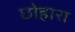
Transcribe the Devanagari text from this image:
छोहारा